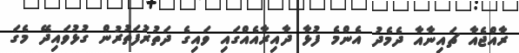
ރާއްޖެއާ ޗައިނާއާ ދެމެދު އެންމެ ފުޅާ ދާއިރާއެއްގައި ވައިގެ ދަތުރުފަތުރުން ގުޅުވައިދޭ މެގަ